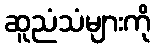
ဆူညံသံများကို